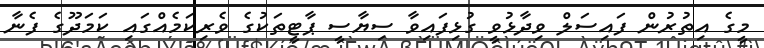
މީގެ އިތުރުން ފައިސަލް ވިދާޅުވީ ގުޅިފައިވާ ސިޔާސީ ޕާޓީތަކުގެ ވެރިކަމެއްގައި ކަމަދޫގެ ފެނާ